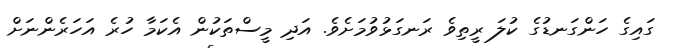
ގައިގެ ހަންގަނޑުގެ ކުލަ ރީތިވެ ރަނގަޅުވުމަށެވެ. އަދި މީސްތަކުން އެކަމާ ހުރެ އަހަރެންނަށް